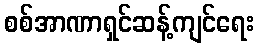
စစ်အာဏာရှင်ဆန့်ကျင်ရေး